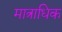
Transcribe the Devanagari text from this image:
मात्राधिक